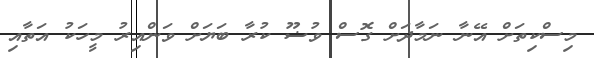
މިސްކިތަށް އޭނާ ނަމާދަށް ގޮސް ވުޟޫ ކުރާ ބަޔަށް ވަންއިރު މީހަކު އަތާއި